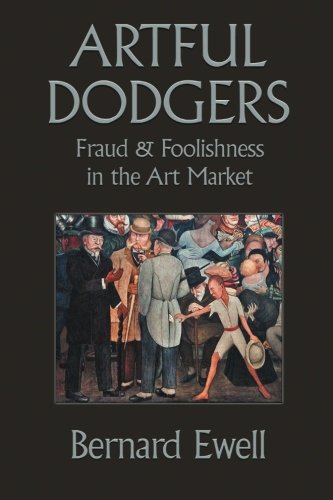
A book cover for Artful Dodgers: Fraud & Foolishness in the Art Market; Bernard Ewell; Crafts, Hobbies & Home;